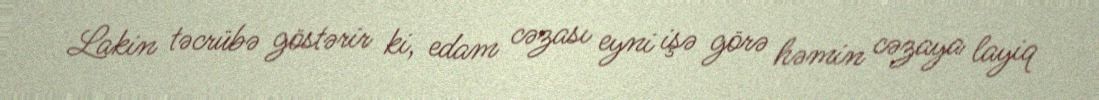
Lakin təcrübə göstərir ki, edam cəzası eyni işə görə həmin cəzaya layiq